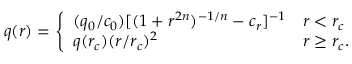
q ( r ) = \left\{ \begin{array} { l l } { ( q _ { 0 } / c _ { 0 } ) [ ( 1 + r ^ { 2 n } ) ^ { - 1 / n } - c _ { r } ] ^ { - 1 } } & { r < r _ { c } } \\ { q ( r _ { c } ) ( r / r _ { c } ) ^ { 2 } } & { r \ge r _ { c } . } \end{array} \right.